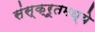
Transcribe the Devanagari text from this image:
संस्क्रूतमध्ये